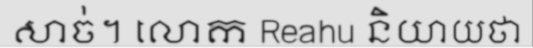
សាច់។ លោក Reahu និយាយថា